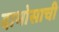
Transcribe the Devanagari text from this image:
दाभोसाची